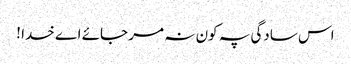
اس سادگی پہ کون نہ مر جائے اے خدا !